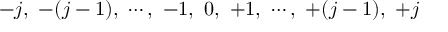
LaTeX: - j , \ - ( j - 1 ) , \ \cdots , \ - 1 , \ 0 , \ + 1 , \ \cdots , \ + ( j - 1 ) , \ + j